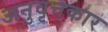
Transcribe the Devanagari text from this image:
अनुवृत्तकार